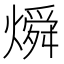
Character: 𬋊